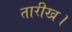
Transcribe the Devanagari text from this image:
तारीख।